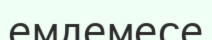
емдемесе